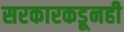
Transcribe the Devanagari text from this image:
सरकारकडूनही